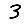
Digit: 3